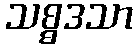
သစ္စဒသာ